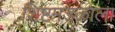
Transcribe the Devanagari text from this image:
शिष्टमंडळाला